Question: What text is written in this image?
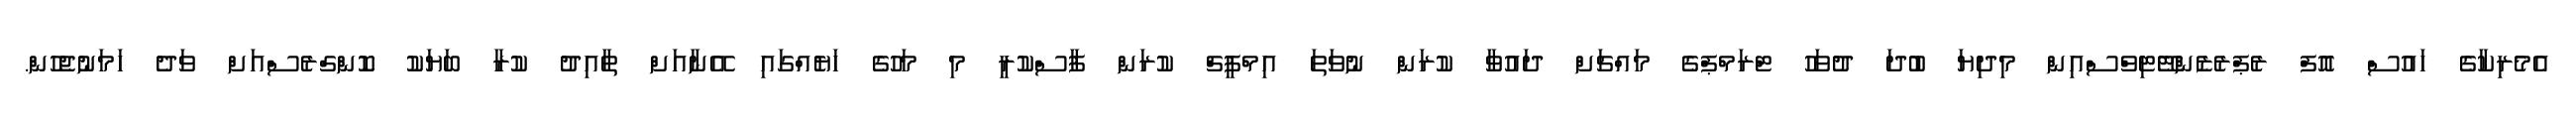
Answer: އެމެރިކާގެ ހައުސް އޮފް ރެޕްރެޒެންޓޭޓިވްސްއިން މިދިޔަ ބުދަ ދުވަހު ޓްރަމްޕްގެ މައްޗަށް ދައުވާ ކުރަން ނުވަތަ އިމްޕީޗް ކުރަން ފާސްކުރީ މި މަހުގެ ހަޔެއްގައި އޭނާއަށް ތާއިދު ކުރާ ބަޔަކު ކޮންގްރެސްއަށް ވަދެ ހަމަނުޖެހުން.